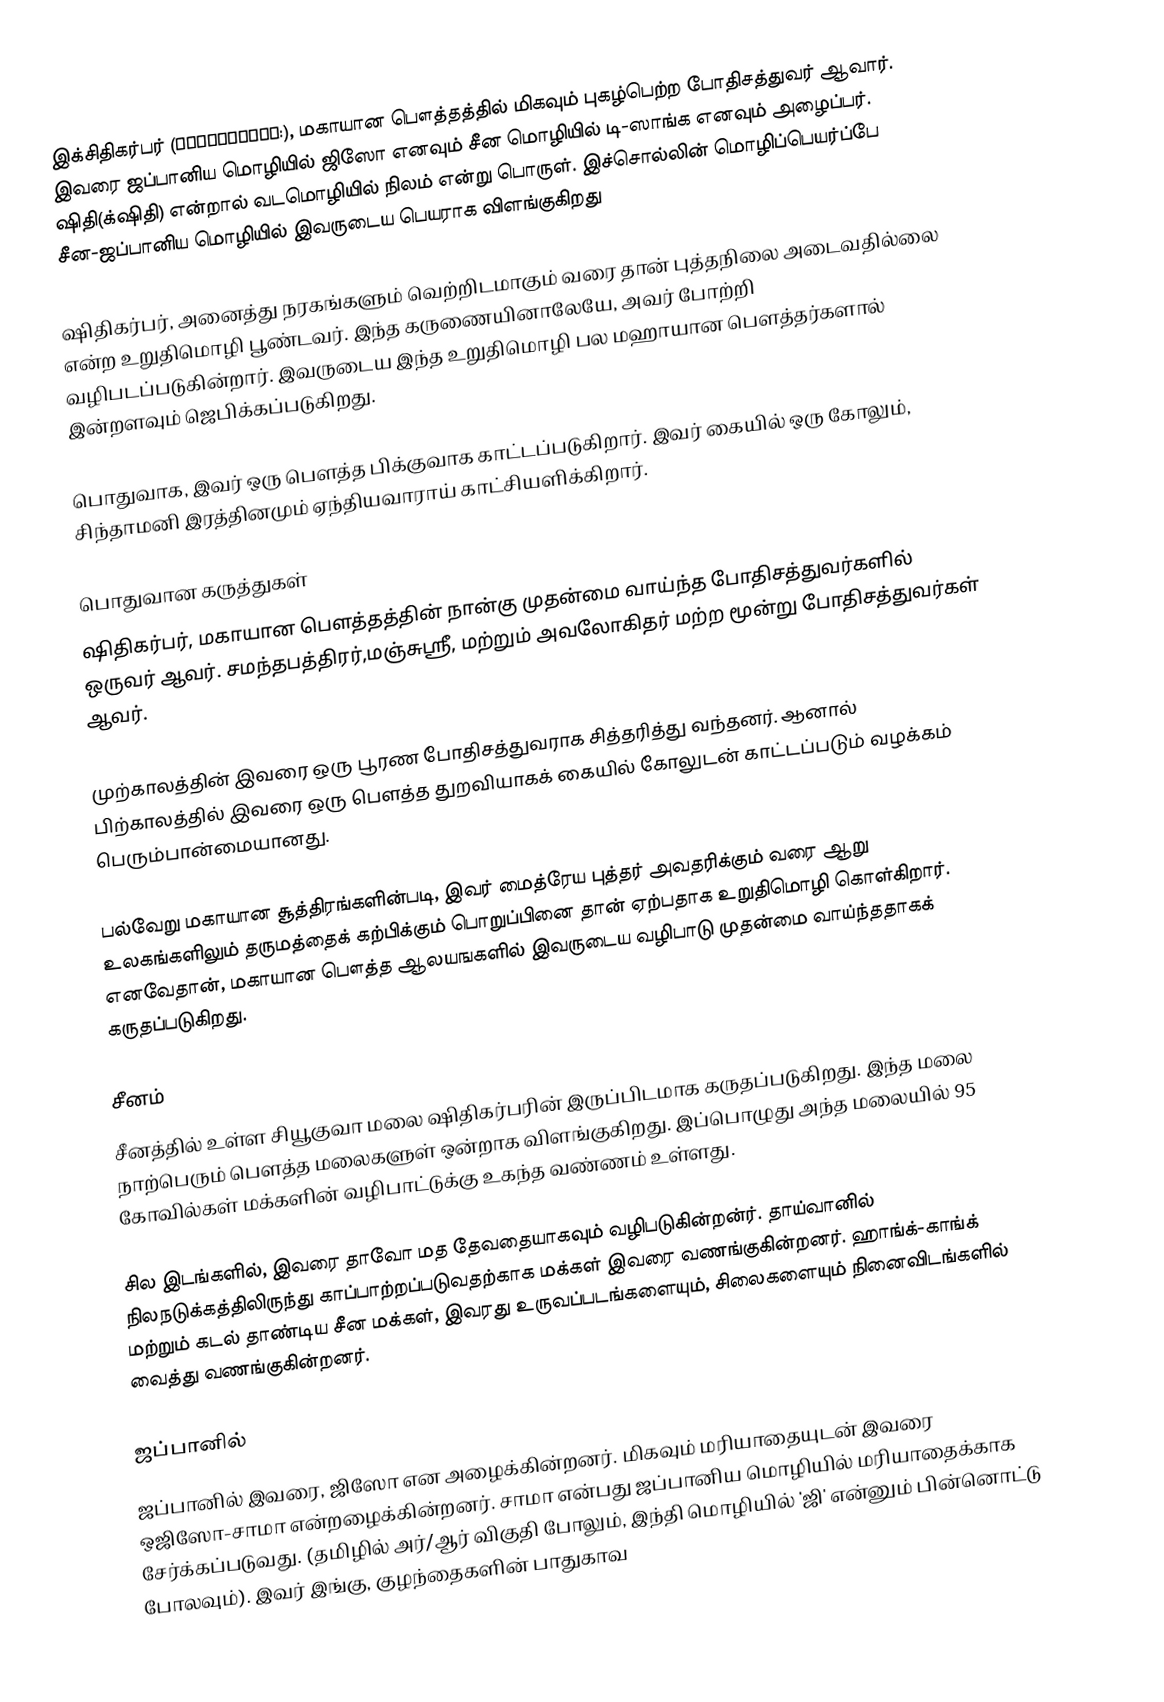
இக்சிதிகர்பர் (क्षितिगर्भ:), மகாயான பௌத்தத்தில் மிகவும் புகழ்பெற்ற போதிசத்துவர் ஆவார். இவரை ஜப்பானிய மொழியில் ஜிஸோ எனவும் சீன மொழியில் டி-ஸாங்க எனவும் அழைப்பர். ஷிதி(க்‌ஷிதி) என்றால் வடமொழியில் நிலம் என்று பொருள். இச்சொல்லின் மொழிப்பெயர்ப்பே சீன-ஜப்பானிய மொழியில் இவருடைய பெயராக விளங்குகிறது

ஷிதிகர்பர், அனைத்து நரகங்களும் வெற்றிடமாகும் வரை தான் புத்தநிலை அடைவதில்லை என்ற உறுதிமொழி பூண்டவர். இந்த கருணையினாலேயே, அவர் போற்றி வழிபடப்படுகின்றார். இவருடைய இந்த உறுதிமொழி பல மஹாயான பௌத்தர்களால் இன்றளவும் ஜெபிக்கப்படுகிறது.

பொதுவாக, இவர் ஒரு பௌத்த பிக்குவாக காட்டப்படுகிறார். இவர் கையில் ஒரு கோலும், சிந்தாமனி இரத்தினமும் ஏந்தியவாராய் காட்சியளிக்கிறார்.

பொதுவான கருத்துகள்
ஷிதிகர்பர், மகாயான பௌத்தத்தின் நான்கு முதன்மை வாய்ந்த போதிசத்துவர்களில் ஒருவர் ஆவர். சமந்தபத்திரர்,மஞ்சுஸ்ரீ, மற்றும் அவலோகிதர் மற்ற மூன்று போதிசத்துவர்கள் ஆவர்.

முற்காலத்தின் இவரை ஒரு பூரண போதிசத்துவராக சித்தரித்து வந்தனர். ஆனால் பிற்காலத்தில் இவரை ஒரு பௌத்த துறவியாகக் கையில் கோலுடன் காட்டப்படும் வழக்கம் பெரும்பான்மையானது.

பல்வேறு மகாயான சூத்திரங்களின்படி, இவர் மைத்ரேய புத்தர் அவதரிக்கும் வரை ஆறு உலகங்களிலும் தருமத்தைக் கற்பிக்கும் பொறுப்பினை தான் ஏற்பதாக உறுதிமொழி கொள்கிறார். எனவேதான், மகாயான பௌத்த ஆலயஙகளில் இவருடைய வழிபாடு முதன்மை வாய்ந்ததாகக் கருதப்படுகிறது.

சீனம்
சீனத்தில் உள்ள சியூகுவா மலை ஷிதிகர்பரின் இருப்பிடமாக கருதப்படுகிறது. இந்த மலை நாற்பெரும் பௌத்த மலைகளுள் ஒன்றாக விளங்குகிறது. இப்பொழுது அந்த மலையில் 95 கோவில்கள் மக்களின் வழிபாட்டுக்கு உகந்த வண்ணம் உள்ளது.

சில இடங்களில், இவரை தாவோ மத தேவதையாகவும் வழிபடுகின்றன்ர். தாய்வானில் நிலநடுக்கத்திலிருந்து காப்பாற்றப்படுவதற்காக மக்கள் இவரை வணங்குகின்றனர். ஹாங்க்-காங்க் மற்றும் கடல் தாண்டிய சீன மக்கள், இவரது உருவப்படங்களையும், சிலைகளையும் நினைவிடங்களில் வைத்து வணங்குகின்றனர்.

ஜப்பானில்
ஜப்பானில் இவரை, ஜிஸோ என அழைக்கின்றனர். மிகவும் மரியாதையுடன் இவரை ஒஜிஸோ-சாமா என்றழைக்கின்றனர். சாமா என்பது ஜப்பானிய மொழியில் மரியாதைக்காக சேர்க்கப்படுவது. (தமிழில் அர்/ஆர் விகுதி போலும், இந்தி மொழியில் 'ஜி' என்னும் பின்னொட்டு போலவும்). இவர் இங்கு, குழந்தைகளின் பாதுகாவ